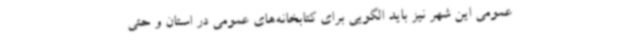
عمومی این شهر نیز باید الگویی برای کتابخانه‌های عمومی در استان و حتی